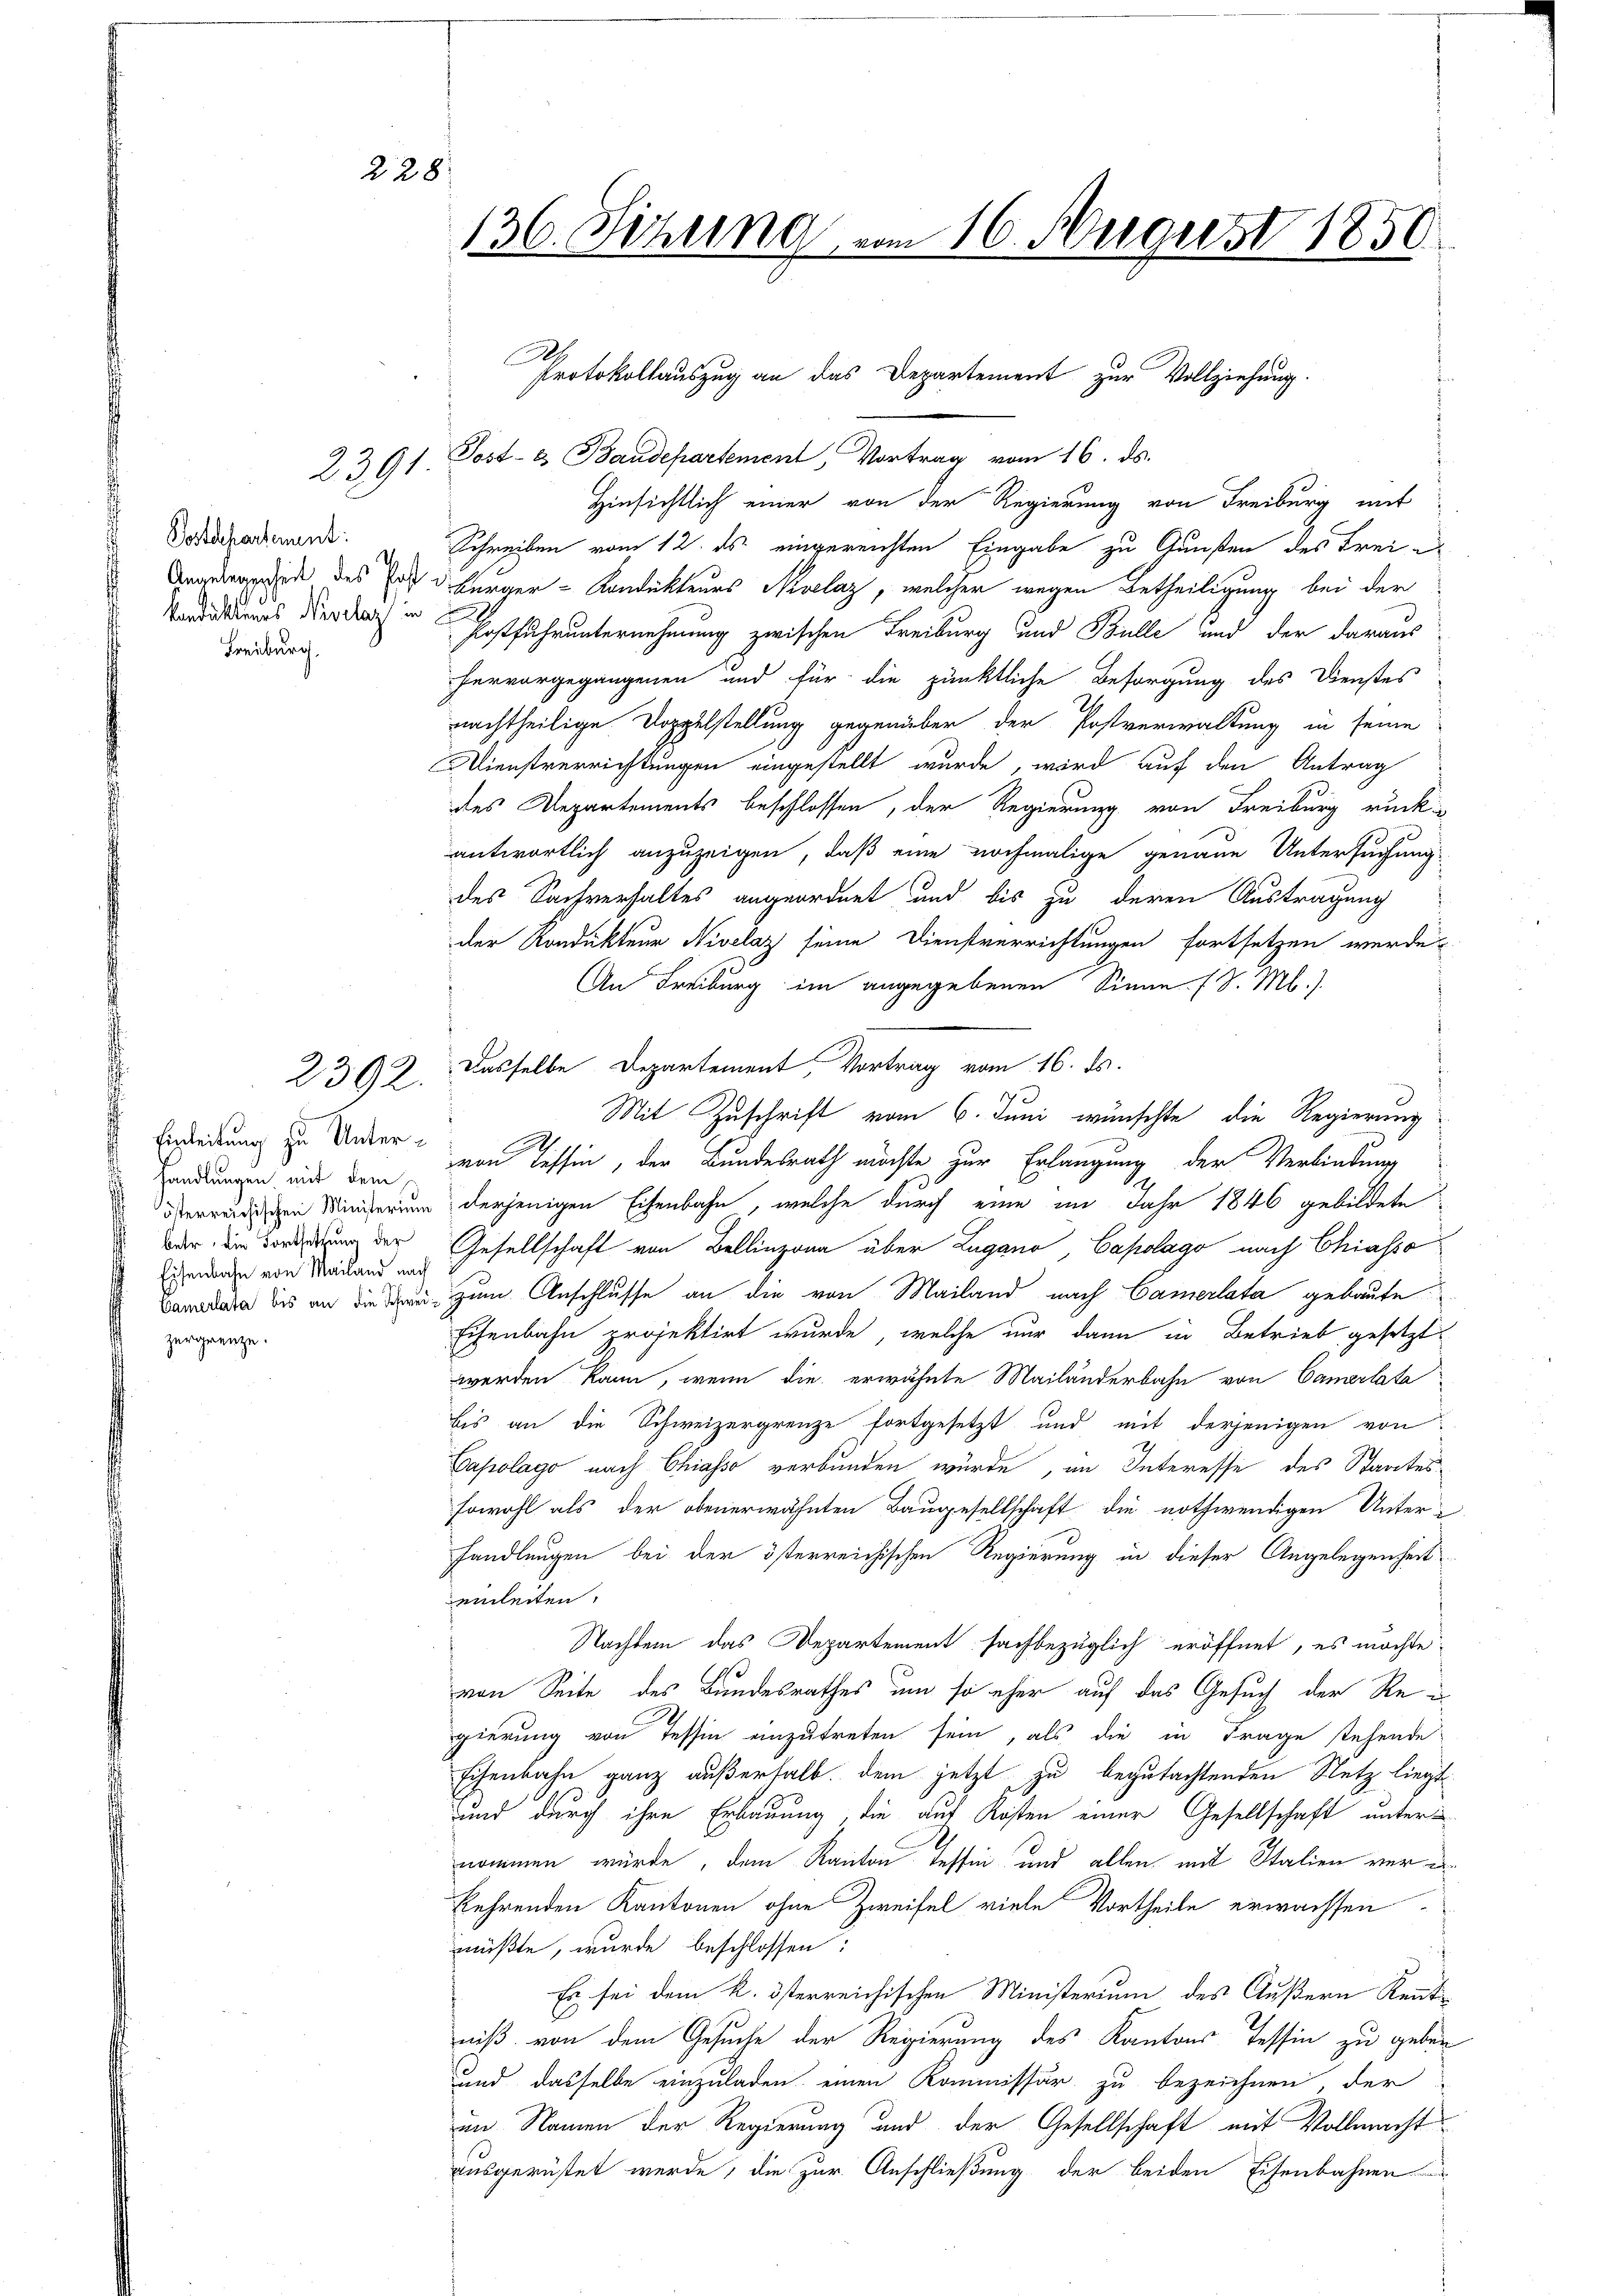
29

228.

Postdepartement:
d
Konduktenes Nivelaz in
Freiburg.

2392.

Einleitung zu Unterhandlungen, mit dem
betr. die Fortsetzung der
Eisenbahn von Mailand nach

136. Sichung vom 16. August 1850.

3/ Post- & Baudepartement, Vortrag vom 16. ds.
Hinsichtlich einer von der Regierung von Freiburg mit
Schreiben vom 12. ds eingereichten Eingabe zu Gunsten des Freie
Branderpende des Eid bürger-Kondukteurs Nivelaz, welcher wegen Betheiligung bei der
Postfuhr unternehmung zwischen Freiburg und Bulle und der daraus
hervorgegangenen und für die pünktliche Besorgung des Dienstes
nachtheilige Doppelstellung gegenüber der Postverwaltung in seine
Dienstverrichtungen eingestellt wurde, wird auf den Antrag
des Departements beschlossen, der Regierung von Freiburg rückantwortlich anzuzeigen, daß eine nochmalige genaue Untersuchung
des Sachverhaltes angeordnet und bis zu deren Austragung
der Kondukteur Nivelaz seine Dienstverrichtungen fortsetzen werde
An Freiburg im angegebenen Sinne. (S. M.)
Dasselbe Departement, Vortrag vom 16. ds.
Mit Zuschrift vom 6. Juni wünschte die Regierung
E
von Tessin, der Bundesrath möchte zur Erlangung der Verbindung
derwendischen Minderung derjenigen Eisenbahn, welche durch eine im Jahr 1846 gebildete
Gesellschaft von Bellinzona über Lugano, Capolago nach Chiasso
a bis an die zum Anschlusse an die von Mailand nach Camerlata gebaute
Echenbahn projektirt wurde, welche nur dann in Betrieb gesetzt
werden kann, wenn die erwähnte Mailänderbahn von Camerlata
Eis an die Schweizergrenze fortgesetzt und mit derjenigen von
Capolago nach Chiasso verbunden würde, im Interesse des Staates
sowohl als der obenerwähnten Baugesellschaft die nothwendigen Unter-
handlungen bei der österreichischen Regierung in dieser Angelegenheit
einleiten.
Nachtem das Departement sachbezüglich eröffnet, es möchte
von Seite des Bundesrathes um so eher auf das Gesuch der Reu
gierung von Tessin einzutreten sein, als die in Frage stehende
Eisenbahn ganz außerhalb dem jetzt zu begutachtenden Stetz liegt
und durch ihre Erbauung, die auf Kosten einer Gesellschaft unter
nommen würde, dem Kanton Tessin und allen, mit Italien verkehrenden Kantonen ohne Zweifel viele Vortheile erwachsen
müßte, wurde beschlossen:
Es sei dem k. österreichischen Ministerium des Äußern Kenntniß, von dem Gesuche der Regierung des Kantons Tessin zu geben
und dasselbe einzuladen, einen Kommissär zu bezeichnen, der
im Namen der Regierung und der Gesellschaft mit Vollmacht
ausgerüstet werde, die zur Anschließung der beiden Eisenbahnen

Protokollauszug an das Departement zur Vollziehung.